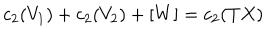
c _ { 2 } ( V _ { 1 } ) + c _ { 2 } ( V _ { 2 } ) + [ W ] = c _ { 2 } ( T X )